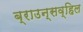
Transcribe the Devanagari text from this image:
ब्राउन्सव्हिल